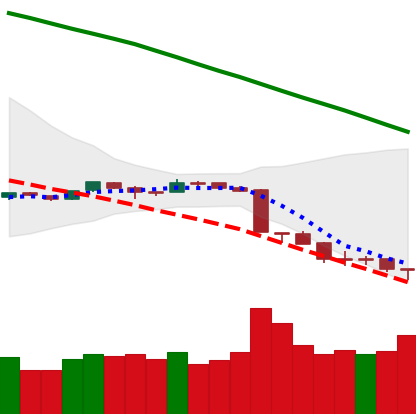
Ticker: ETH-USD
Chart end date: 2018-09-12
Forward return: 7.933%
Label: up_7plus